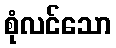
စုံလင်သော